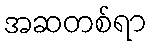
အဆတစ်ရာ